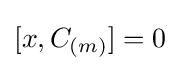
[x,C_{(m)}]=0